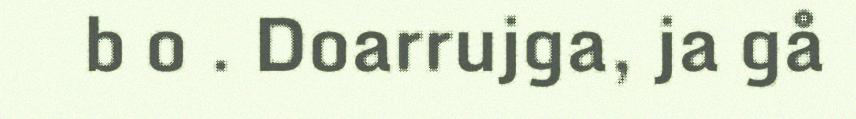
b o . Doarrujga, ja gå